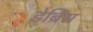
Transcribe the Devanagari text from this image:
डेब्रिस